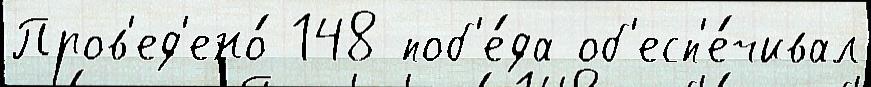
Пров'ед'ено́ 148 поб'е́да об'есп'е́чивал